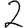
Digit: 2